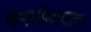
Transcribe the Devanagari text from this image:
नेमगोंडादादा